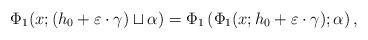
LaTeX: \begin{align*}\Phi_{1}(x;(h_{0}+\varepsilon\cdot\gamma)\sqcup\alpha)=\Phi_{1}\left(\Phi_{1}(x;h_{0}+\varepsilon\cdot\gamma);\alpha\right),\end{align*}